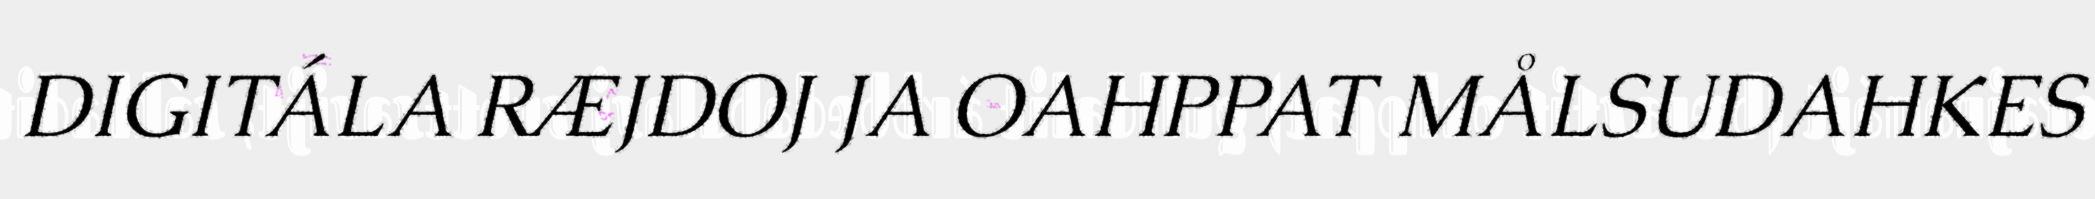
DIGITÁLA RÆJDOJ JA OAHPPAT MÅLSUDAHKES